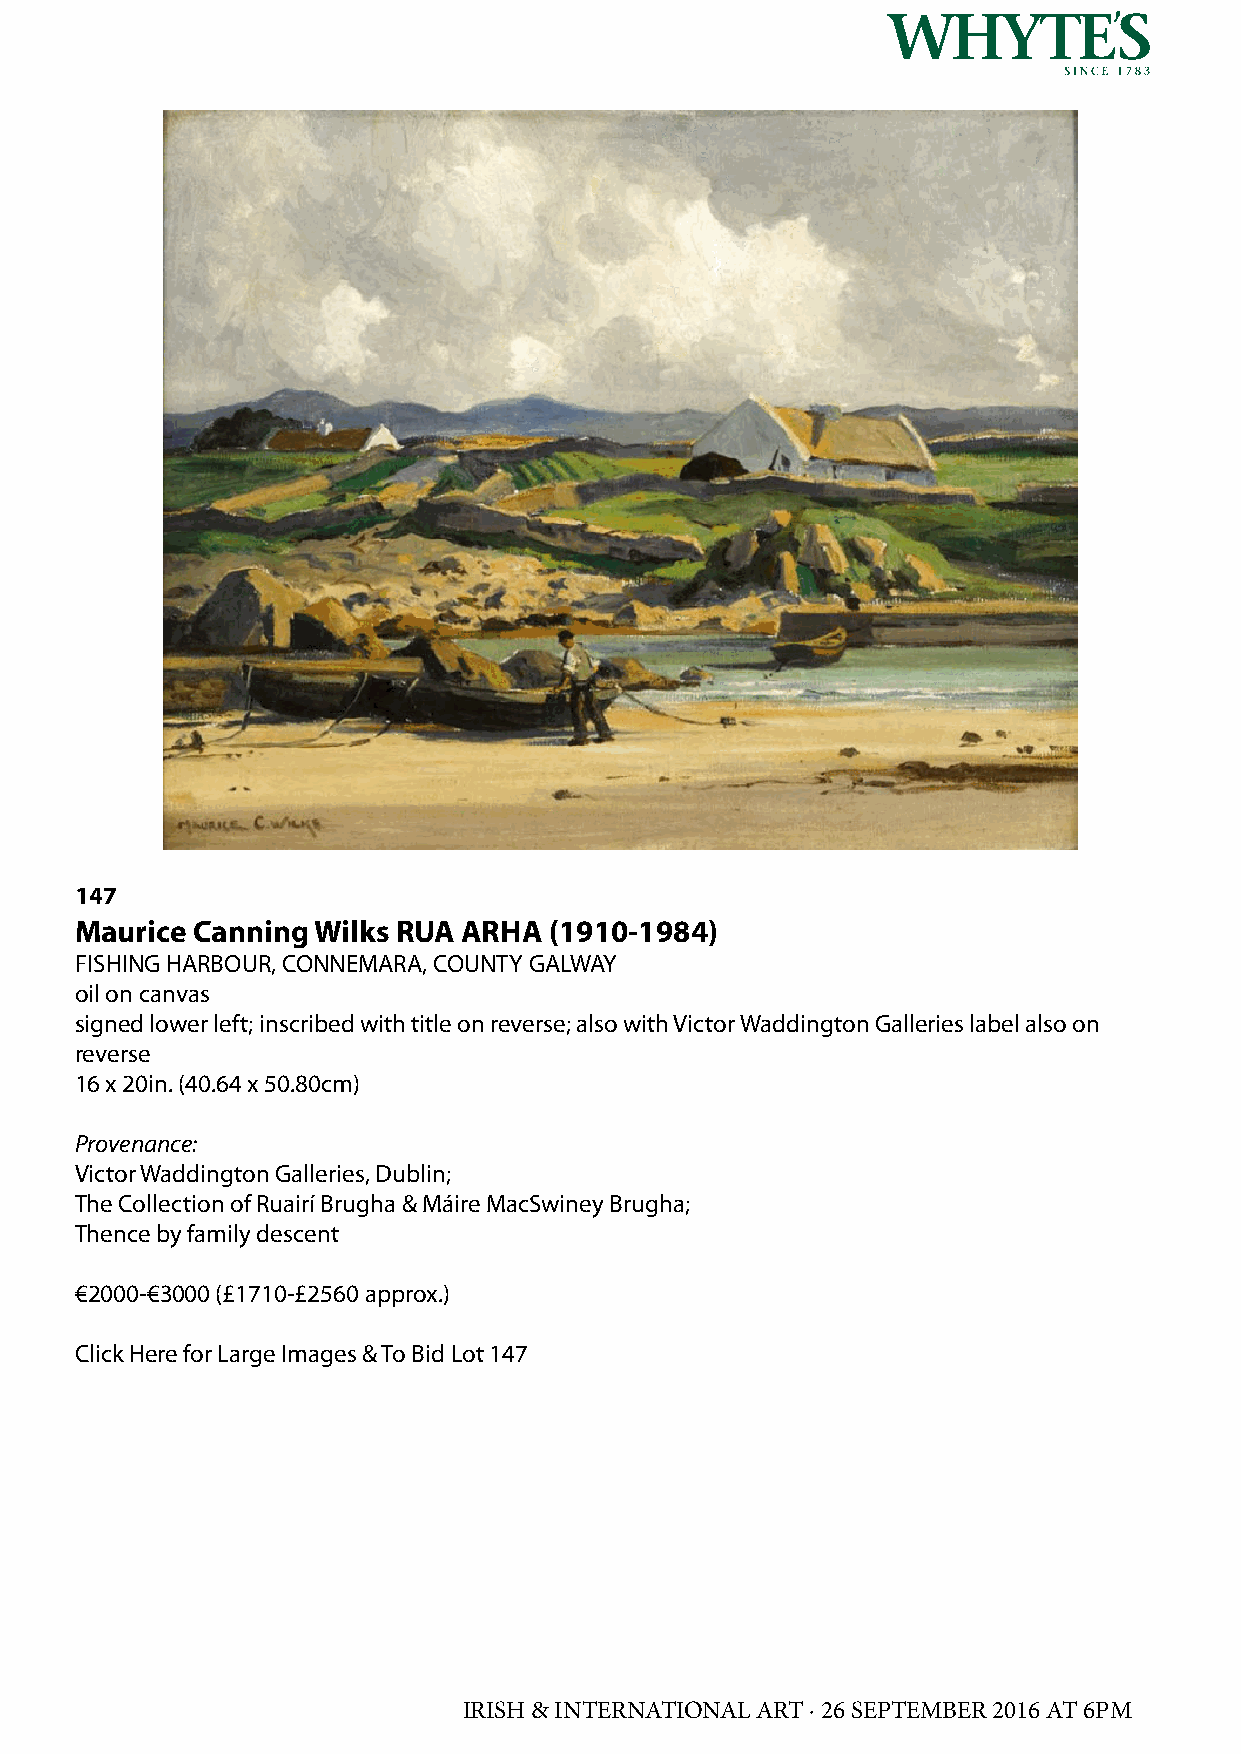
147
 Maurice Canning Wilks RUA ARHA (1910-1984)
 FISHING HARBOUR, CONNEMARA, COUNTY GALWAY
 oil on canvas
 signed lower left; inscribed with title on reverse; also with Victor Waddington Galleries label also on
 reverse
 16 x 20in. (40.64 x 50.80cm)
 Provenance:
 Victor Waddington Galleries, Dublin;
 The Collection of Ruairí Brugha & Máire MacSwiney Brugha;
 Thence by family descent
 €2000-€3000 (£1710-£2560 approx.)
 Click Here for Large Images & To Bid Lot 147
 IRISH & INTERNATIONAL ART · 26 SEPTEMBER 2016 AT 6PM